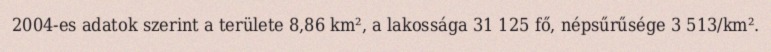
2004-es adatok szerint a területe 8,86 km², a lakossága 31 125 fő, népsűrűsége 3 513/km².